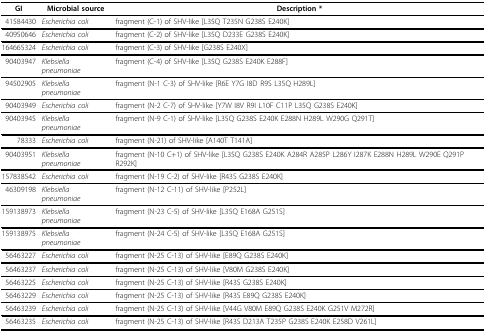
<table><thead><tr><td><b>GI</b></td><td><b>Microbial source</b></td><td><b>Description *</b></td></tr></thead><tbody><tr><td>41584430</td><td><i>Escherichia coli</i></td><td>fragment (C-1) of SHV-like [L35Q T235N G238S E240K]</td></tr><tr><td>40950646</td><td><i>Escherichia coli</i></td><td>fragment (C-2) of SHV-like [L35Q D233E G238S E240K]</td></tr><tr><td>164665324</td><td><i>Escherichia coli</i></td><td>fragment (C-3) of SHV-like [G238S E240X]</td></tr><tr><td>90403947</td><td><i>Klebsiella pneumoniae</i></td><td>fragment (C-4) of SHV-like [L35Q G238S E240K E288F]</td></tr><tr><td>94502905</td><td><i>Klebsiella pneumoniae</i></td><td>fragment (N-1 C-3) of SHV-like [R6E Y7G I8D R9S L35Q H289L]</td></tr><tr><td>90403949</td><td><i>Escherichia coli</i></td><td>fragment (N-2 C-7) of SHV-like [Y7W I8V R9I L10F C11P L35Q G238S E240K]</td></tr><tr><td>90403945</td><td><i>Klebsiella pneumoniae</i></td><td>fragment (N-9 C-1) of SHV-like [L35Q G238S E240K E288N H289L W290G Q291T]</td></tr><tr><td>78333</td><td><i>Escherichia coli</i></td><td>fragment (N-21) of SHV-like [A140T T141A]</td></tr><tr><td>90403951</td><td><i>Klebsiella pneumoniae</i></td><td>fragment (N-10 C+1) of SHV-like [L35Q G238S E240K A284R A285P L286Y I287K E288N H289L W290E Q291P R292K]</td></tr><tr><td>157838542</td><td><i>Escherichia coli</i></td><td>fragment (N-19 C-2) of SHV-like [R43S G238S E240K]</td></tr><tr><td>46309198</td><td><i>Klebsiella pneumoniae</i></td><td>fragment (N-12 C-11) of SHV-like [P252L]</td></tr><tr><td>159138973</td><td><i>Klebsiella pneumoniae</i></td><td>fragment (N-23 C-5) of SHV-like [L35Q E168A G251S]</td></tr><tr><td>159138975</td><td><i>Klebsiella pneumoniae</i></td><td>fragment (N-24 C-5) of SHV-like [L35Q E168A G251S]</td></tr><tr><td>56463227</td><td><i>Escherichia coli</i></td><td>fragment (N-25 C-13) of SHV-like [E89Q G238S E240K]</td></tr><tr><td>56463237</td><td><i>Escherichia coli</i></td><td>fragment (N-25 C-13) of SHV-like [V80M G238S E240K]</td></tr><tr><td>56463225</td><td><i>Escherichia coli</i></td><td>fragment (N-25 C-13) of SHV-like [R43S G238S E240K]</td></tr><tr><td>56463229</td><td><i>Escherichia coli</i></td><td>fragment (N-25 C-13) of SHV-like [R43S E89Q G238S E240K]</td></tr><tr><td>56463239</td><td><i>Escherichia coli</i></td><td>fragment (N-25 C-13) of SHV-like [V44G V80M E89Q G238S E240K G251V M272R]</td></tr><tr><td>56463235</td><td><i>Escherichia coli</i></td><td>fragment (N-25 C-13) of SHV-like [R43S D213A T235P G238S E240K E258D V261L]</td></tr></tbody></table>